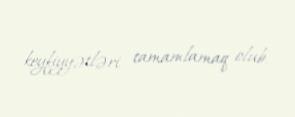
keyfiyyətləri tamamlamaq olub.